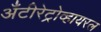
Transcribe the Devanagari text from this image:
अँटीरेट्रोव्हायरल